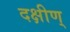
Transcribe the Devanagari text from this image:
दक्षीण्